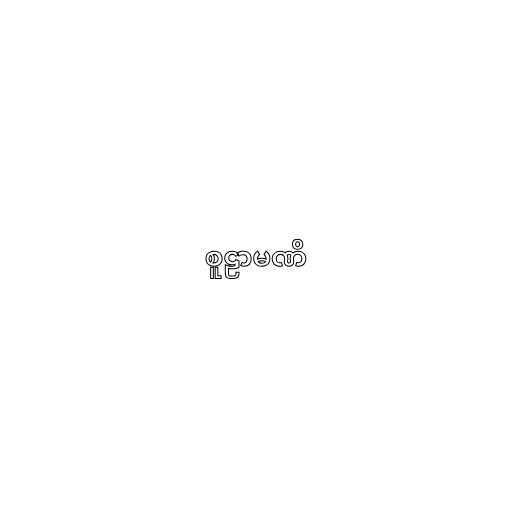
စူဠာမဏိ